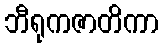
ဘီရုကဇာတိကာ